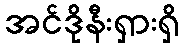
အင်ဒိုနီးရှားရှိ